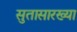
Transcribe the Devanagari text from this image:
सुतासारख्या